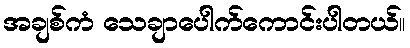
အချစ်ကံ သေချာပေါက်ကောင်းပါတယ်။